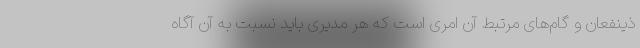
ذینفعان و گام‌های مرتبط آن امری است که هر مدیری باید نسبت به آن آگاه